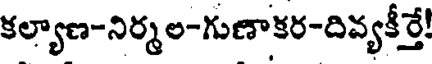
కల్యాణ-నిర్మల-గుణాకర-దివ్యకీర్తే!